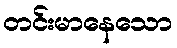
တင်းမာနေသော